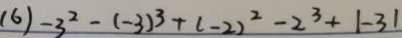
( 6 ) - 3 ^ { 2 } - ( - 3 ) ^ { 3 } + ( - 2 ) ^ { 2 } - 2 ^ { 3 } + \vert - 3 \vert